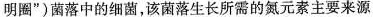
明圈”)菌落中的细菌，该菌落生长所需的氮元素主要来源